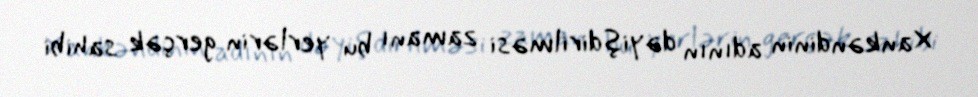
Xankəndinin adının dəyişdirilməsi zamanı bu yerlərin gerçək sahibi